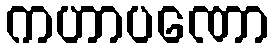
ကဟာပဏော